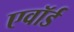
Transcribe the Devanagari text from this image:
एवॉर्ड